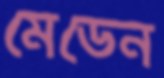
মেডেন